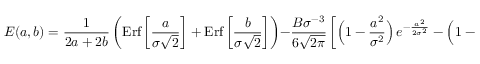
E ( a , b ) = { \frac { 1 } { 2 a + 2 b } } \left( \mathrm { E r f } \left[ { \frac { a } { \sigma \sqrt 2 } } \right] + \mathrm { E r f } \left[ { \frac { b } { \sigma \sqrt 2 } } \right] \right) - { \frac { B \sigma ^ { - 3 } } { 6 \sqrt { 2 \pi } } } \left[ \Big ( 1 - { \frac { a ^ { 2 } } { \sigma ^ { 2 } } } \Big ) \, e ^ { - { \frac { a ^ { 2 } } { 2 \sigma ^ { 2 } } } } - \Big ( 1 - { \frac { b ^ { 2 } } { \sigma ^ { 2 } } } \Big ) \, e ^ { - { \frac { b ^ { 2 } } { 2 \sigma ^ { 2 } } } } \right] { \frac { 1 } { a + b } } \, .